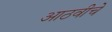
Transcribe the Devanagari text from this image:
आठवीचे